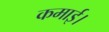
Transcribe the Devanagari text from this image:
कमाई।